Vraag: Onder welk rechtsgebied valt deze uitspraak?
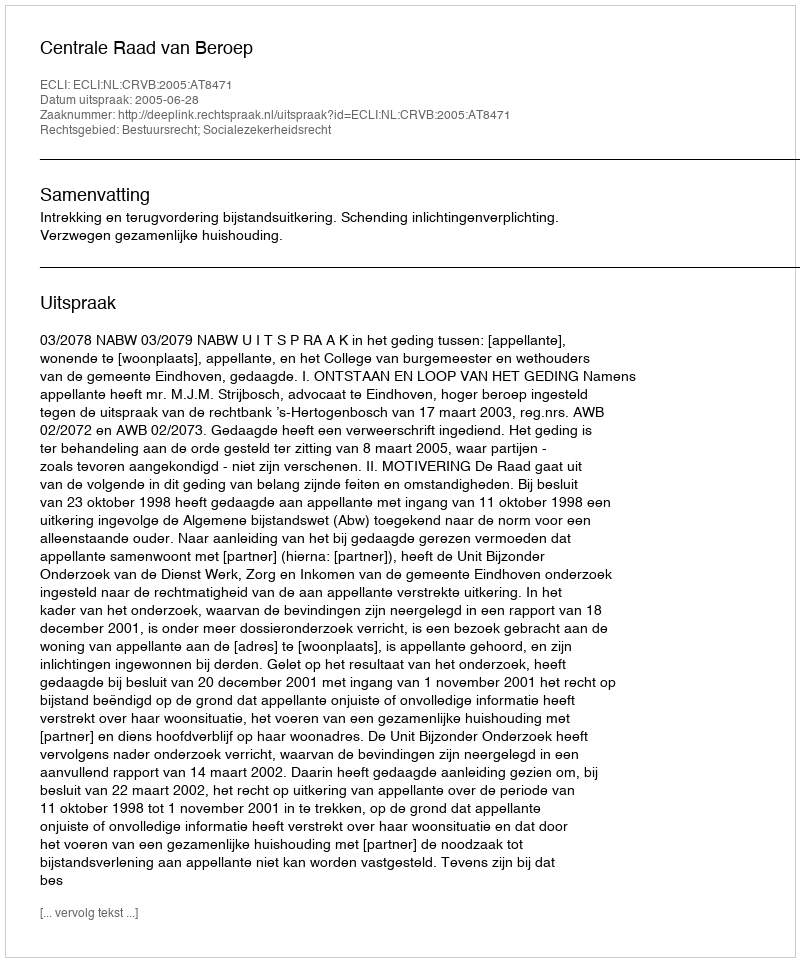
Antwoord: Bestuursrecht; Socialezekerheidsrecht